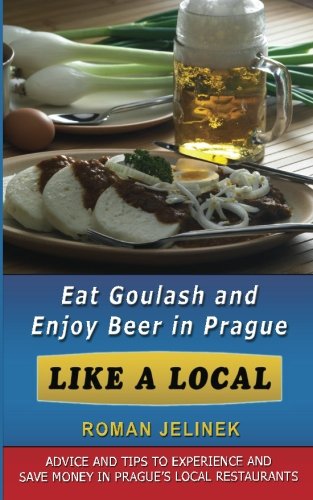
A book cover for Eat Goulash and Enjoy Beer  in Prague Like a Local; Roman Jelinek; Travel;